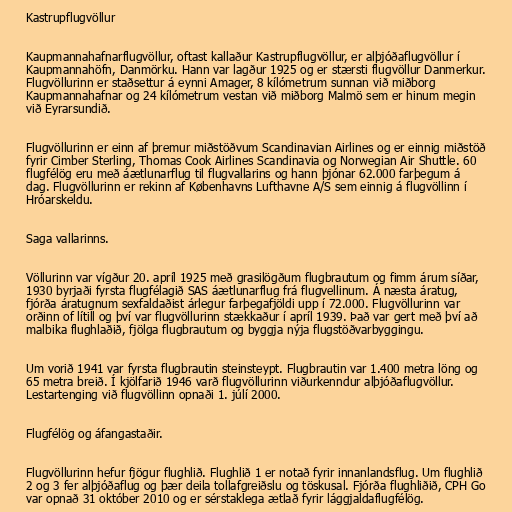
Kastrupflugvöllur

Kaupmannahafnarflugvöllur, oftast kallaður Kastrupflugvöllur, er alþjóðaflugvöllur í
Kaupmannahöfn, Danmörku. Hann var lagður 1925 og er stærsti flugvöllur Danmerkur.
Flugvöllurinn er staðsettur á eynni Amager, 8 kílómetrum sunnan við miðborg
Kaupmannahafnar og 24 kílómetrum vestan við miðborg Malmö sem er hinum megin
við Eyrarsundið.

Flugvöllurinn er einn af þremur miðstöðvum Scandinavian Airlines og er einnig miðstöð
fyrir Cimber Sterling, Thomas Cook Airlines Scandinavia og Norwegian Air Shuttle. 60
flugfélög eru með áætlunarflug til flugvallarins og hann þjónar 62.000 farþegum á
dag. Flugvöllurinn er rekinn af Københavns Lufthavne A/S sem einnig á flugvöllinn í
Hróarskeldu.

Saga vallarinns.

Völlurinn var vígður 20. apríl 1925 með grasilögðum flugbrautum og fimm árum síðar,
1930 byrjaði fyrsta flugfélagið SAS áætlunarflug frá flugvellinum. Á næsta áratug,
fjórða áratugnum sexfaldaðist árlegur farþegafjöldi upp í 72.000. Flugvöllurinn var
orðinn of lítill og því var flugvöllurinn stækkaður í apríl 1939. Það var gert með því að
malbika flughlaðið, fjölga flugbrautum og byggja nýja flugstöðvarbyggingu.

Um vorið 1941 var fyrsta flugbrautin steinsteypt. Flugbrautin var 1.400 metra löng og
65 metra breið. Í kjölfarið 1946 varð flugvöllurinn viðurkenndur alþjóðaflugvöllur.
Lestartenging við flugvöllinn opnaði 1. júlí 2000.

Flugfélög og áfangastaðir.

Flugvöllurinn hefur fjögur flughlið. Flughlið 1 er notað fyrir innanlandsflug. Um flughlið
2 og 3 fer alþjóðaflug og þær deila tollafgreiðslu og töskusal. Fjórða flughliðið, CPH Go
var opnað 31 október 2010 og er sérstaklega ætlað fyrir lággjaldaflugfélög.